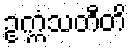
ဥက္ကံသတီတိ